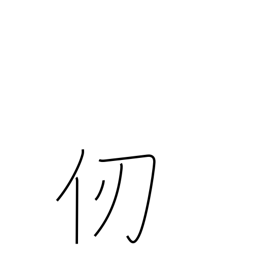
Meaning: fathom